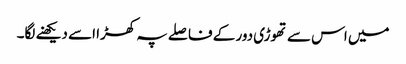
میں اس سے تھوڑی دور کے فاصلے پہ کھڑا اسے دیکھنے لگا۔